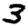
Digit: 3